Vaccination in Bombay 1913-1923 - 1913-1923
Year: 1913
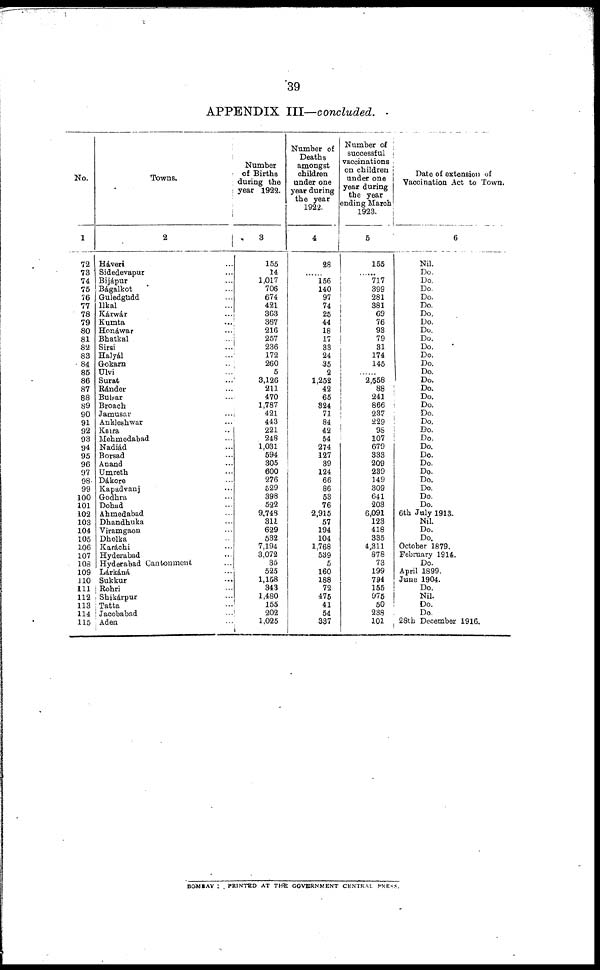
39
APPENDIX III—concluded.
No.
1
Towns.
2
72 Háveri ...
73
74
75
76
77
78
79
80
81
82
83
84
85
86
87
88
89
90
91
92
93
94
95
96
97
98.
99
100
101
102
103
104
105
106
107
108
109
110
111
112
113
114
115
Sidedevapur ...
Bijápur ...
Bágalkot ...
Guledgudd ...
Ilkal ...
Kárwár ...
Kumta ...
Honáwar ...
Bhatkal ...
Sirsi ...
Halyál ...
Gokarn ...
Ulvi ...
Surat ...
Ránder
Bulsar ...
Broach ...
Jamusar ...
Ankleshwar ...
Kaira ...
Mehmedabad ...
Nadiád ...
Borsad ...
Anand ...
Umreth ...
Dákore ...
Kapadvanj ...
Godhra ...
Dohad ...
Ahmedabad ...
Dhandhuka ...
Viramgaon ...
Dholka ...
Karáchi ...
Hyderabad ...
Hyderabad Cantonment ...
Lárkáná ...
Sukkur ...
Rohri ...
Shikárpur ...
Tatta ...
Jacobabad ...
Aden ...
Number
of Births
during the
year 1922.
3
155
14
1,017
706
674
421
363
367
216
257
236
172
260
5
3,126
211
470
1,787
421
443
221
248
1,031
594
305
600
276
529
398
522
9,748
311
629
532
7,194
3,072
35
525
1,158
343
1,480
155
202
1,025
Number of
Deaths
amongst
children
under one
year during
the year
1922.
4
28
......
156
140
97
74
25
44
18
17
33
24
35
2
1,252
42
65
324
71
84
42
54
274
127
39
124
66
86
53
76
2,915
57
194
104
1,768
539
5
160
188
72
475
41
54
337
Number of
successful
vaccinations
on children
under one
year during
the year
ending March
1923.
5
155
......
717
399
281
381
69
76
93
79
31
174
145
......
2,558
88
241
866
237
229
98
107
679
333
209
239
149
309
641
203
6,091
123
418
335
4,311
878
73
199
794
155
975
50
238
101
Date of extension of
Vaccination Act to Town.
6
Nil.
Do.
Do.
Do.
Do.
Do.
Do.
Do.
Do.
Do.
Do.
Do.
Do.
Do.
Do.
Do.
Do.
Do.
Do.
Do.
Do.
Do.
Do.
Do.
Do.
Do.
Do.
Do.
Do.
Do.
6th July 1913.
Nil.
Do.
Do.
October 1879.
February 1914.
Do.
April 1899.
June 1904.
Do.
Nil.
Do.
Do.
28th December 1916.
BOMBAY : PRINTED AT THE GOVERNMENT CENTRAL PRESS.